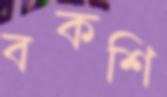
বকশি